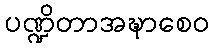
ပဏ္ဍိတာအဍ္ဎာစေဝ